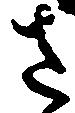
さ